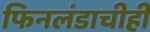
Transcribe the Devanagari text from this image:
फिनलंडाचीही